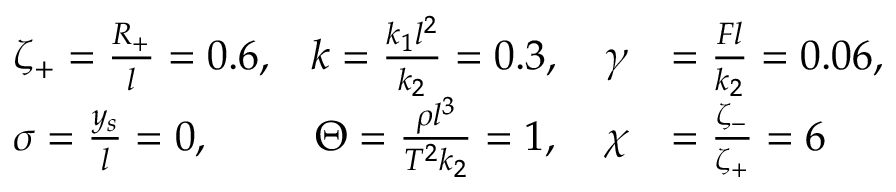
\begin{array} { r l r l } & { \zeta _ { + } = \frac { R _ { + } } { l } = 0 . 6 , } & { k = \frac { k _ { 1 } l ^ { 2 } } { k _ { 2 } } = 0 . 3 , \quad \gamma } & { = \frac { F l } { k _ { 2 } } = 0 . 0 6 , } \\ & { \sigma = \frac { y _ { s } } { l } = 0 , } & { \Theta = \frac { \rho l ^ { 3 } } { T ^ { 2 } k _ { 2 } } = 1 , \quad \chi } & { = \frac { \zeta _ { - } } { \zeta _ { + } } = 6 } \end{array}